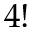
4 !